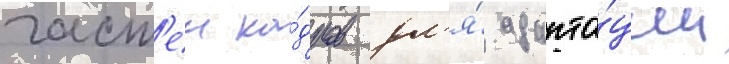
част'еи ка́дров дл'я́ адапта́ции